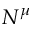
N ^ { \mu }